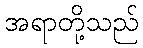
အရာတို့သည်